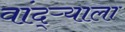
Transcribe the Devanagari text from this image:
वांद्‌ऱ्याला